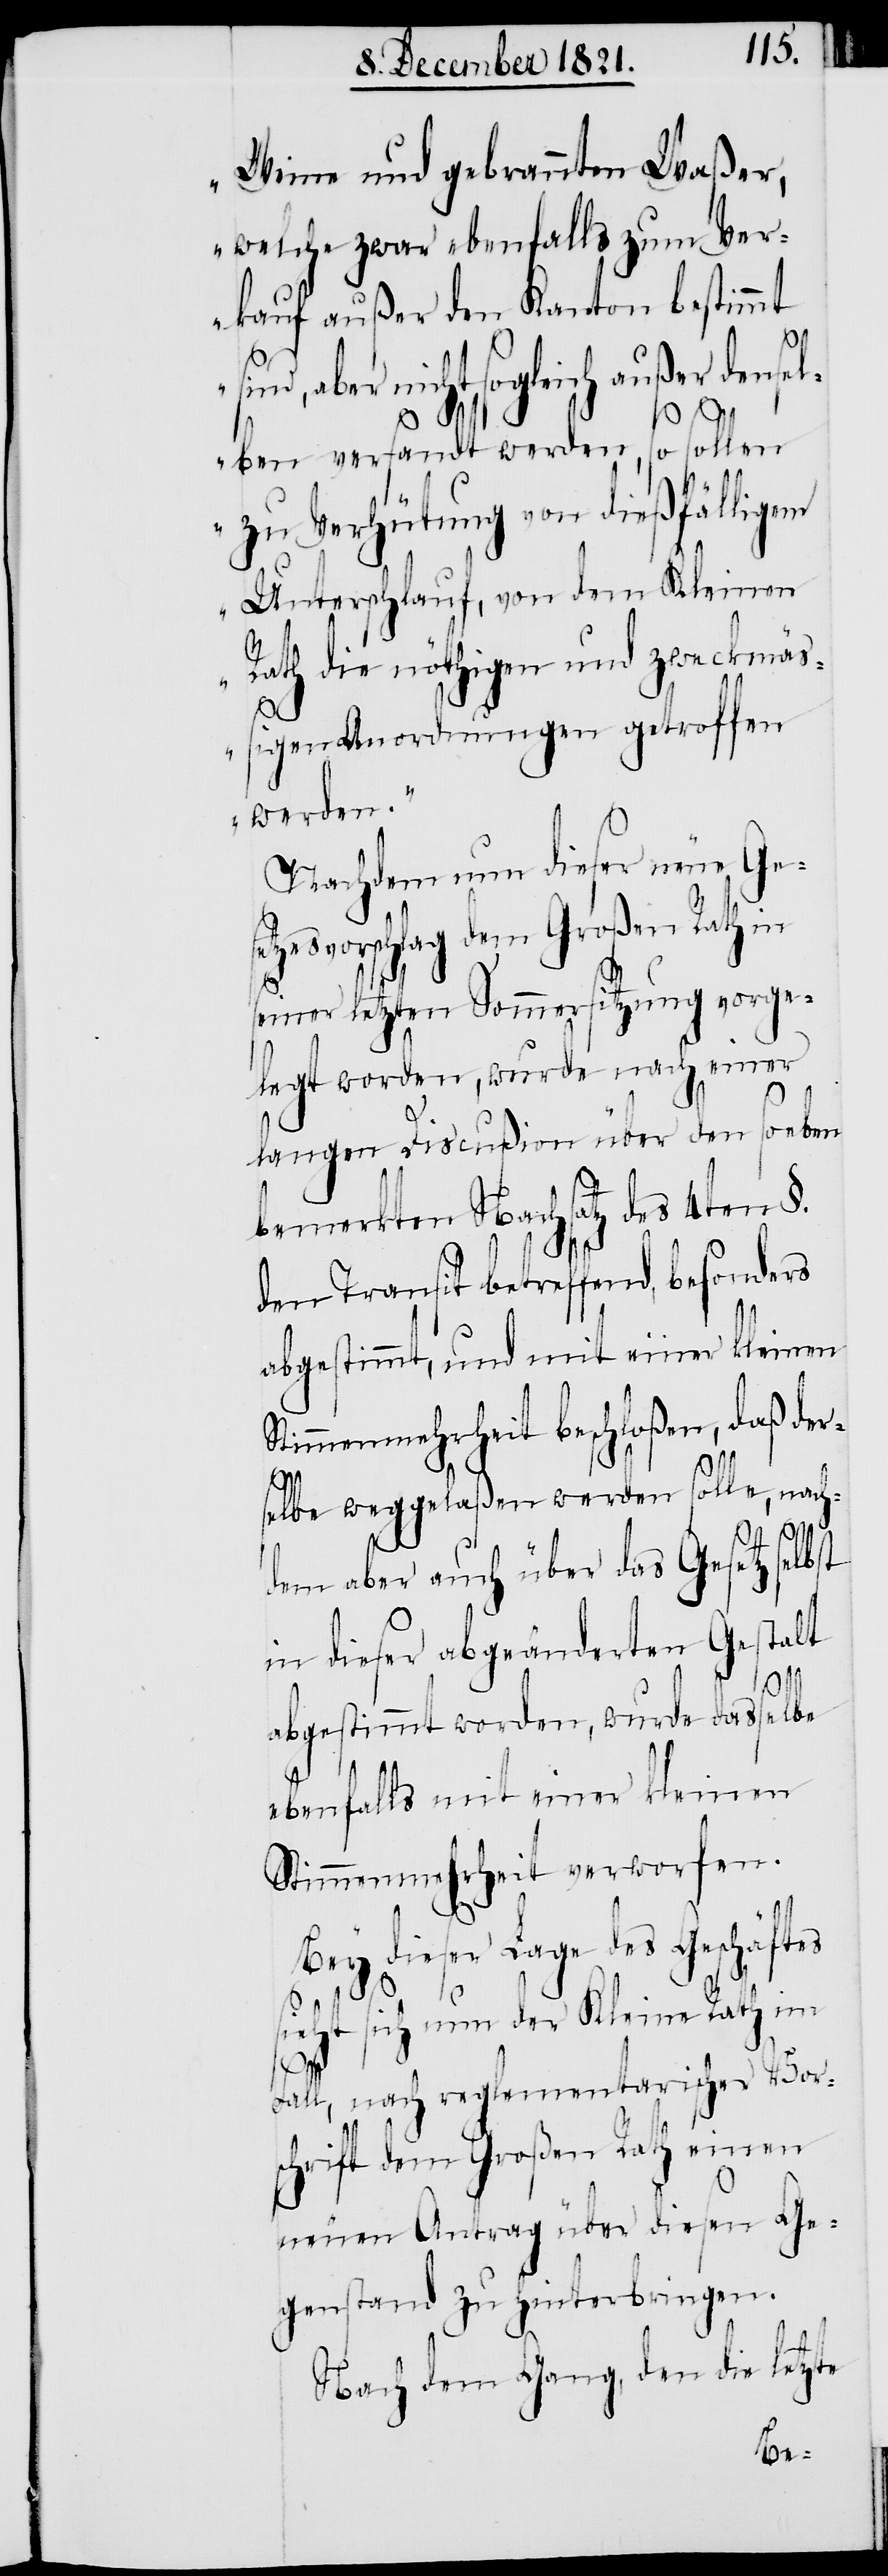
Weine und gebrannten Waßer,
welche zwar ebenfalls zum Ver¬
kauf außer den Kanton bestimmt
ind, aber nicht sogleich außer dense¬
se¬
lben versandt werden, so sollen
zu Verhütung von dießfälligem
Unterschlauf, von dem Kleinen
Rath die nöthigen und zweckmäß¬
igen Anordnungen getroffen
werden.“
Nachdem nun dieser neue Ge¬
tzesvorschlag dem Großen Rath in
seiner letzten Sommersitzung vorge¬
legt worden, wurde nach einer
langen Discußion über den soeben
bemerkten Nachsatz des 4ten §.
den Transit betreffend, besonders
abgestimmt, und mit einer kleinen
Stimmenmehrheit beschloßen, daß der¬
selbe weggelaßen werden solle, nach¬
dem aber auch über das Gesetz selbst
in dieser abgeänderten Gestalt
s¬
abgestimmt worden, wurde dasselbe
ebenfalls mit einer kleinen
Stimmenmehrheit verworfen.
Bey dieser Lage des Geschäftes
sieht sich nun der Kleine Rath im
Fall, nach reglementarischer Vor¬
schrift dem Großen Rath einen
neuen Antrag über diesen Ge¬
genstand zu hinterbringen.
Nach dem Gang, den die letzte